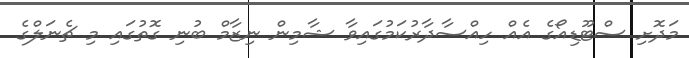
މަދޮށި ސްޓޫޑިއޯގެ އެއް ހިއްސާދާރުކަމުގައިވާ ޝާމިން ނިޒާމް ބުނި ގޮތުގައި މި ޗެނަލްގެ